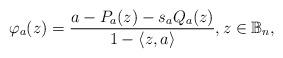
LaTeX: \begin{align*}\varphi_a(z)=\dfrac{a-P_a(z)-s_aQ_a(z)}{1-\langle z,a\rangle}, z\in \mathbb{B}_n,\end{align*}